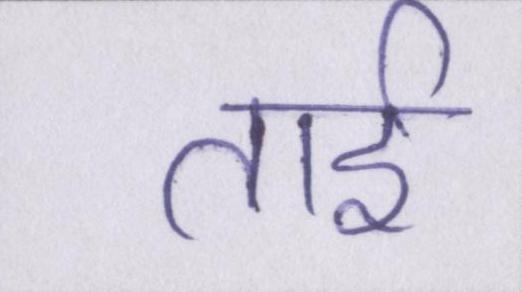
ताई